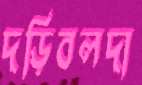
দড়িবলদা